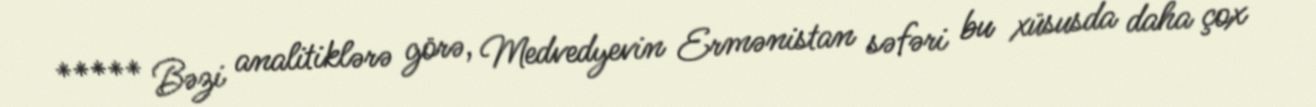
***** Bəzi analitiklərə görə, Medvedyevin Ermənistan səfəri bu xüsusda daha çox